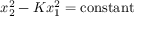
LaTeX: x _ { 2 } ^ { 2 } - K x _ { 1 } ^ { 2 } = \mathrm { c o n s t a n t }